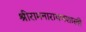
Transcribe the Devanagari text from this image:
श्रीरामनारायणशास्त्री